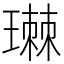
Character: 㻷